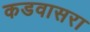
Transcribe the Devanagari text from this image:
कडवासरा